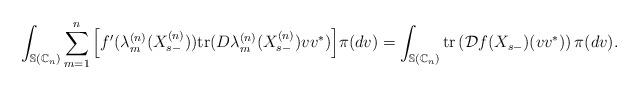
LaTeX: \begin{align*}\int_{\mathbb{S}(\mathbb{C}_{n})}\sum_{m=1}^{n}\Big [f^{\prime}(\lambda_{m}^{(n)}(X_{s-}^{(n)}))&\mathrm{tr}(D\lambda_{m}^{(n)}(X_{s-}^{(n)})vv^{\ast})\Big ]\pi(dv)=\int_{\mathbb{S}(\mathbb{C}_{n})}\mathrm{tr}\left(\mathcal{D}f(X_{s-})(vv^*)\right)\pi(dv).\end{align*}